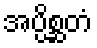
အပ္ပိစ္ဆတံ